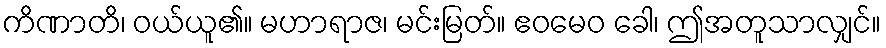
ကိဏာတိ၊ ဝယ်ယူ၏။ မဟာရာဇ၊ မင်းမြတ်။ ဧဝမေဝ ခေါ၊ ဤအတူသာလျှင်။